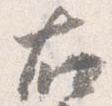
右